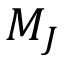
M _ { J }